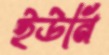
ইউনি